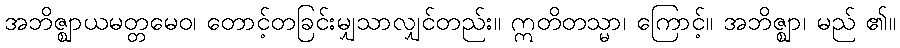
အဘိဇ္ဈာယမတ္တမေဝ၊ တောင့်တခြင်းမျှသာလျှင်တည်း။ ဣတိတသ္မာ၊ ကြောင့်။ အဘိဇ္ဈာ၊ မည် ၏။